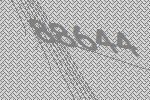
88644